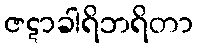
ဇဋာခါရိဘရိတာ